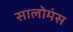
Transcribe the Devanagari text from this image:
सालोमंस